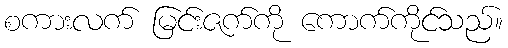
စကားလက် မြင်းဇက်ကို ကောက်ကိုင်သည်။